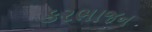
કરભાજન